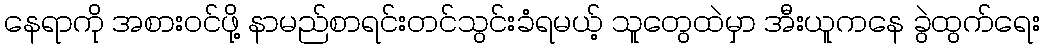
နေရာကို အစားဝင်ဖို့ နာမည်စာရင်းတင်သွင်းခံရမယ့် သူတွေထဲမှာ အီးယူကနေ ခွဲထွက်ရေး